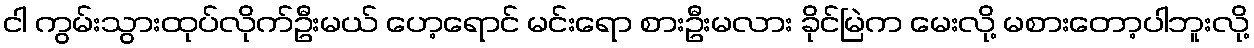
ငါ ကွမ်းသွားထုပ်လိုက်ဦးမယ် ဟေ့ရောင် မင်းရော စားဦးမလား ခိုင်မြဲက မေးလို့ မစားတော့ပါဘူးလို့